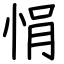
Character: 悁